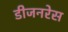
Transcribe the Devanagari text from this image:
डीजनरेस